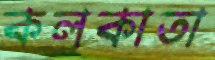
কলকাতা